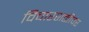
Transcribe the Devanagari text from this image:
विचारशक्तीवर